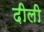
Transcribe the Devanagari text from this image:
दीली